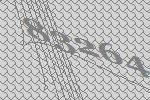
83264